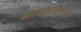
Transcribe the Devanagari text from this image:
समाधिअवस्थेची